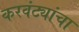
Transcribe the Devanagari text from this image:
करवंट्यांचा